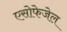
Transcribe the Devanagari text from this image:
एसोफेजेल